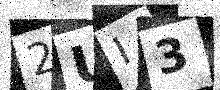
Text: 2UI3